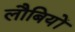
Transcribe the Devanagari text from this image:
लौबियों